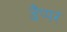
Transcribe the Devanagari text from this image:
डैप्पर